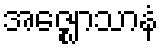
အဇ္ဈောသာနံ